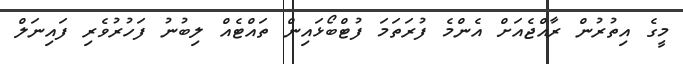
މީގެ އިތުރުން ރާއްޖެއަށް އެންމެ ފުރަތަމަ ފުޓްބޯޅައިން ތައްޓެއް ލިބުނު ފަހުރުވެރި ފައިނަލް